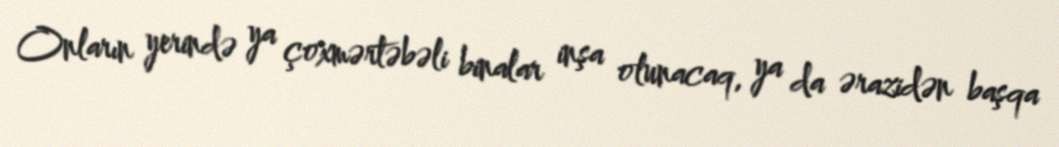
Onların yerində ya çoxmərtəbəli binalar inşa olunacaq, ya da ərazidən başqa